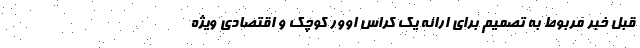
قبل خبر مربوط به تصمیم برای ارائه یک کراس اوور کوچک و اقتصادی ویژه